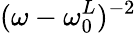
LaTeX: (\omega-\omega_{0}^{L})^{-2}